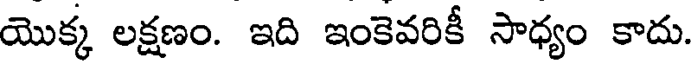
యొక్క లక్షణం. ఇది ఇంకెవరికీ సాధ్యం కాదు.